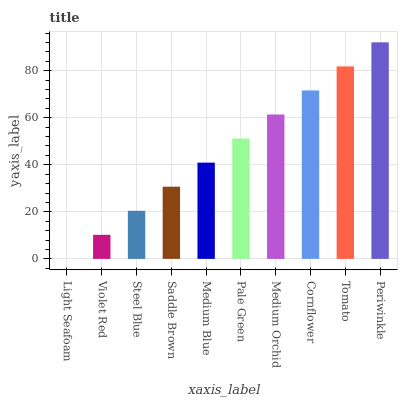
| xaxis_label | bars |
 | --- | --- |
 | Light Seafoam | 0 |
 | Violet Red | 10.2 |
 | Steel Blue | 20.5 |
 | Saddle Brown | 30.7 |
 | Medium Blue | 40.9 |
 | Pale Green | 51.1 |
 | Medium Orchid | 61.4 |
 | Cornflower | 71.6 |
 | Tomato | 81.8 |
 | Periwinkle | 92 |